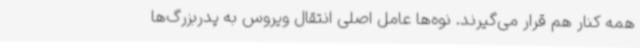
همه کنار هم قرار می‌گیرند. نوه‌ها عامل اصلی انتقال ویروس به پدربزرگ‌ها